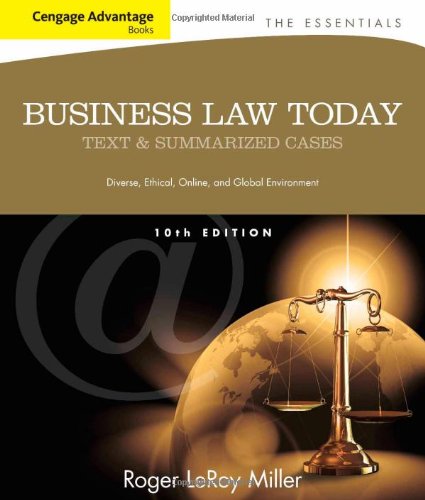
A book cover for Cengage Advantage Books: Business Law Today, The Essentials: Text and Summarized Cases; Roger LeRoy Miller; Law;